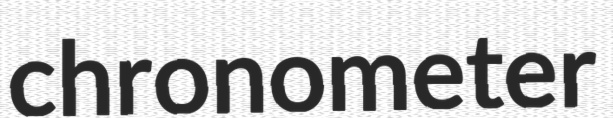
chronometer